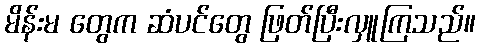
မိန်းမ တွေက ဆံပင်တွေ ဖြတ်ပြီးလှူကြသည်။